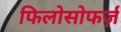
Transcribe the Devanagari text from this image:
फिलोसोफर्ज़